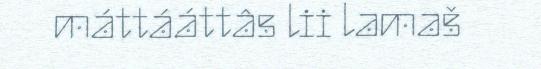
máttááttâs lii lamaš